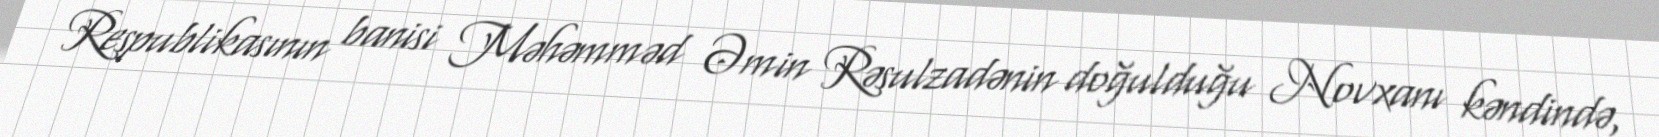
Respublikasının banisi Məhəmməd Əmin Rəsulzadənin doğulduğu Novxanı kəndində,